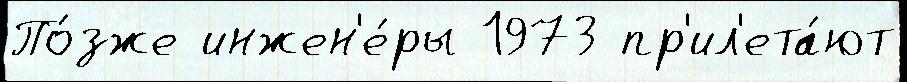
По́зже инжен'е́ры 1973 пр'ил'ета́ют